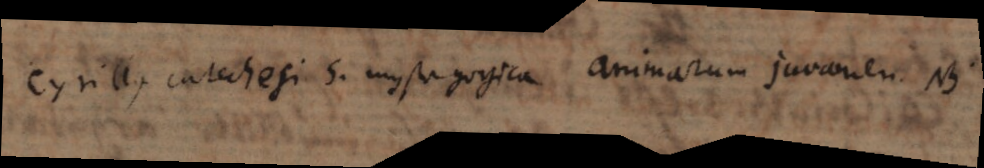
Cyrillus Catechesi 5. mystagogica animarum juvamen. NB.